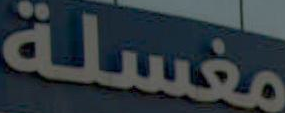
مغسلة